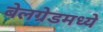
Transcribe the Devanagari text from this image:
बेलग्रेडमध्ये